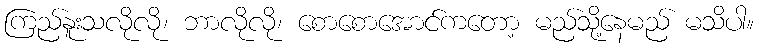
ကြည်နူးသလိုလို၊ ဘာလိုလို၊ စောစောအောင်ကတော့ မည်သို့နေမည် မသိပါ။